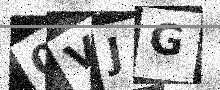
Text: 0VJG